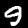
Digit: 9